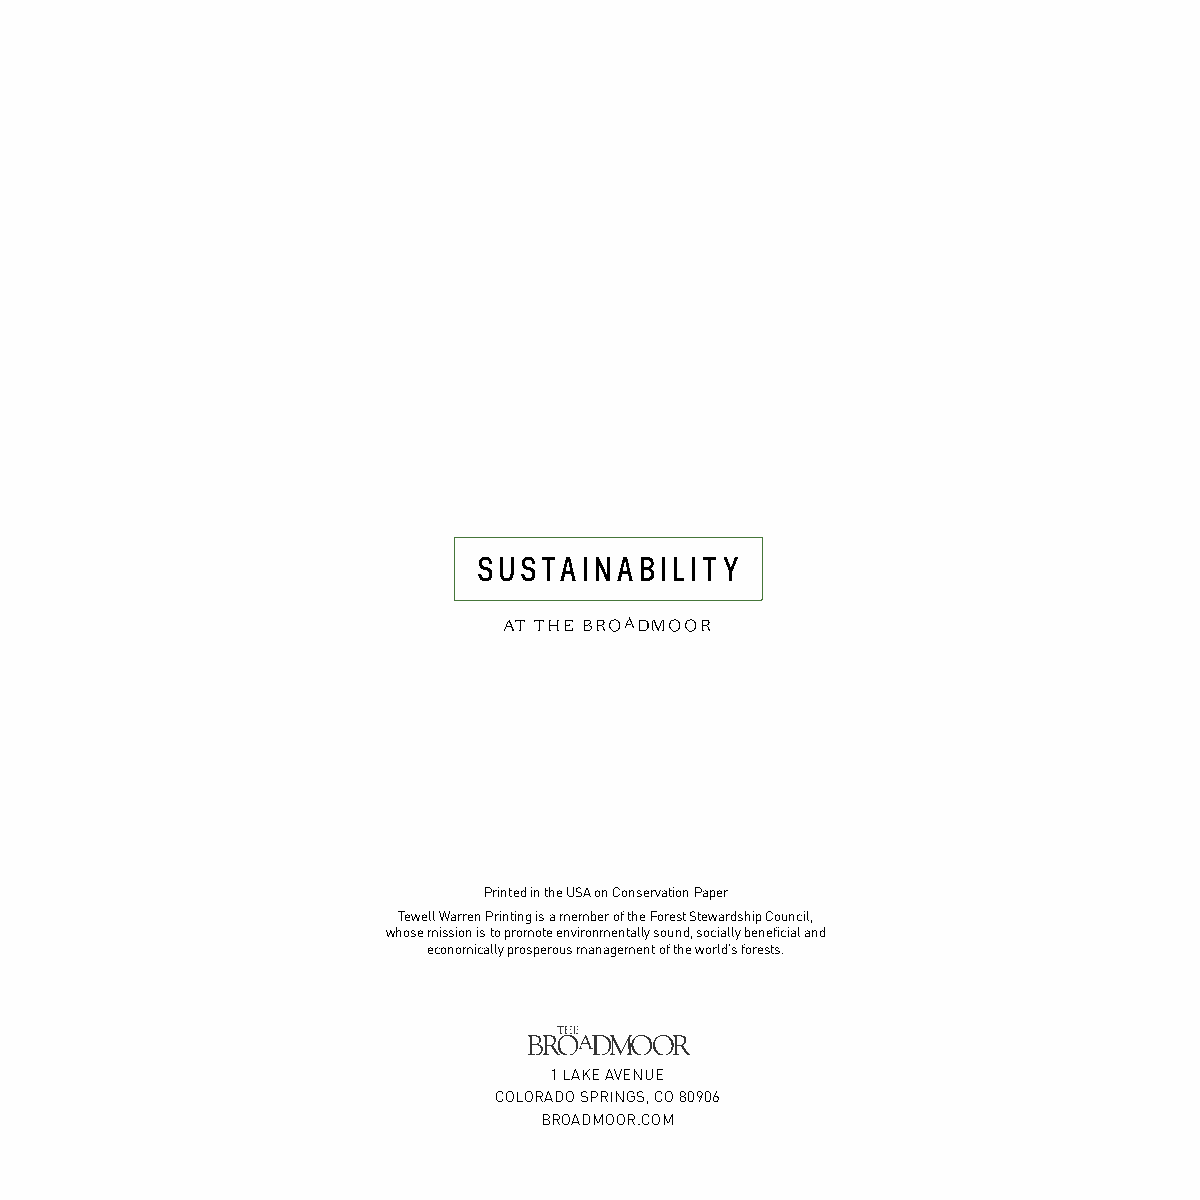
SUSTAINABILITY
 AT THE BROADMOOR
 Printed in the USA on Conservation Paper
 Tewell Warren Printing is a member of the Forest Stewardship Council,
 whose mission is to promote environmentally sound, socially beneficial and
 economically prosperous management of the world’s forests.
 1 LAKE AVENUE
 COLORADO SPRINGS, CO 80906
 BROADMOOR.COM